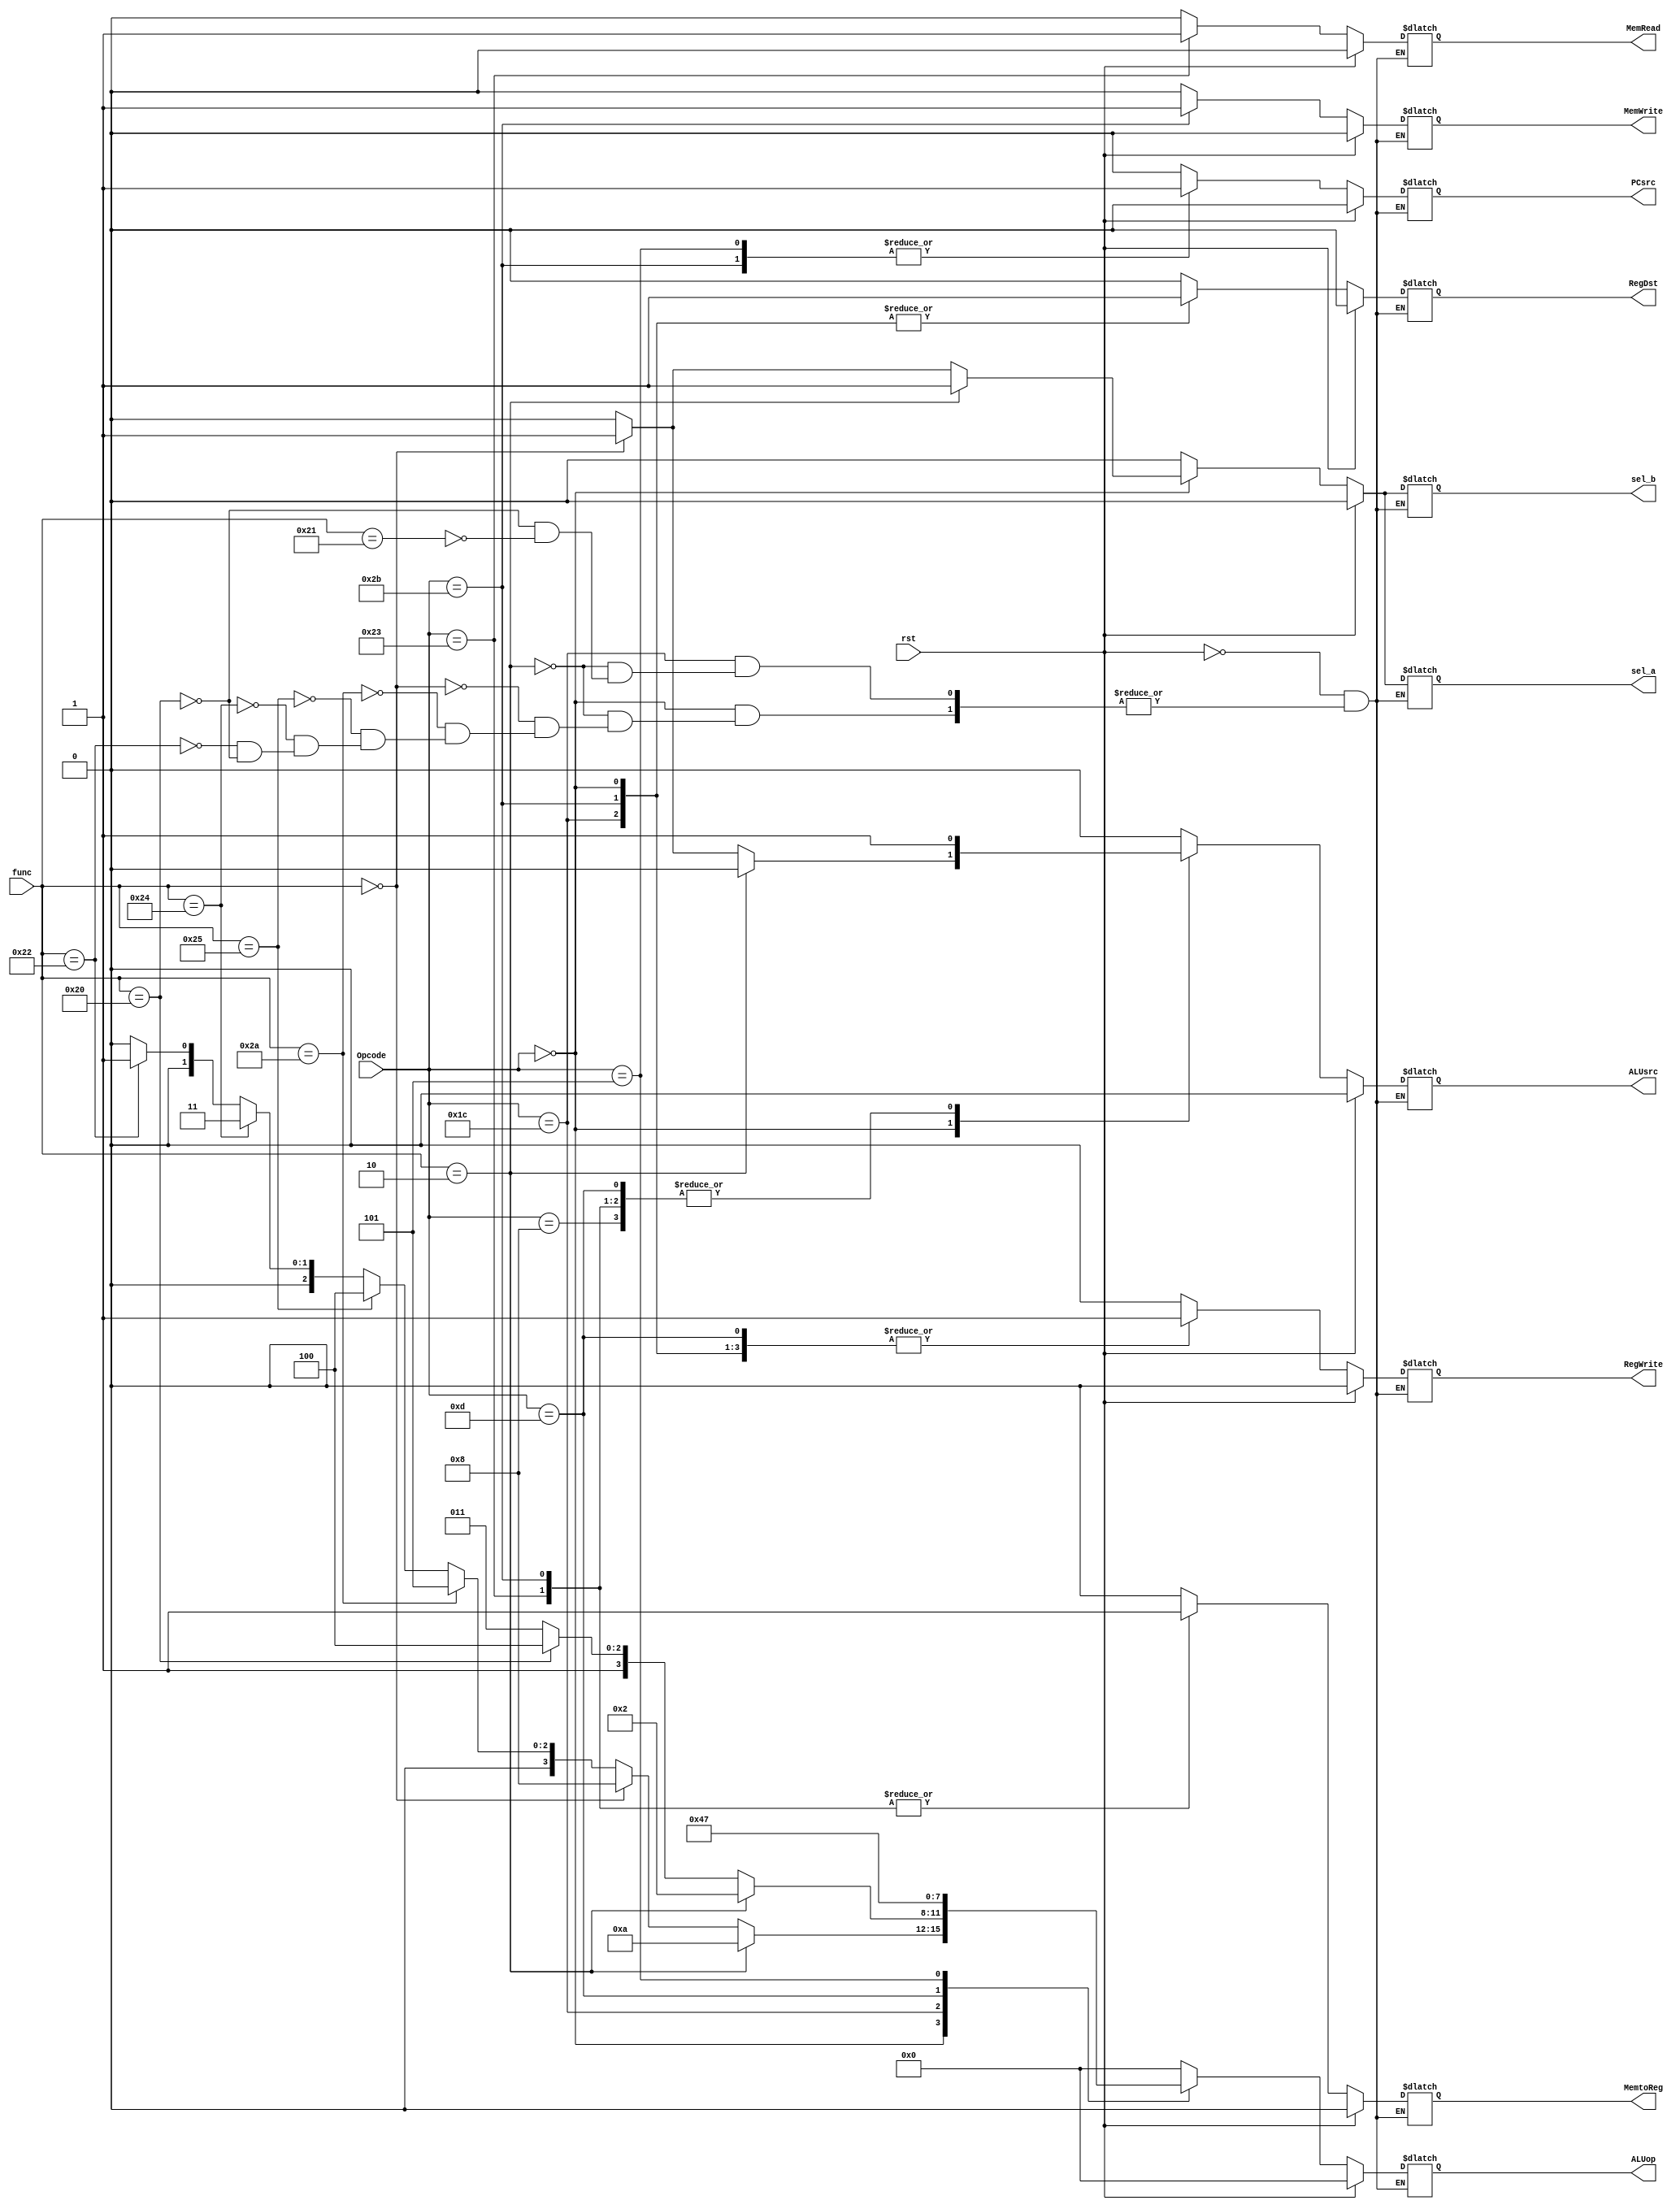
`timescale 1ns / 1ps
//////////////////////////////////////////////////////////////////////////////////
// Company: 
// Engineer: 
// 
// Design Name: 
// Module Name: controller_final
// Project Name: 
// Target Devices: 
// Tool Versions: 
// Description: 
// 
// Dependencies: 
// 
// Revision:
// Revision 0.01 - File Created
// Additional Comments:
// 
//////////////////////////////////////////////////////////////////////////////////


module controller_finalr(Opcode,func,ALUsrc,RegDst,rst,RegWrite,ALUop,MemRead,MemWrite,MemtoReg,PCsrc,sel_a,sel_b);
input [5:0] Opcode;
input [5:0] func;
input rst;
output reg ALUsrc,RegDst,RegWrite,MemRead,MemWrite,MemtoReg,PCsrc,sel_a,sel_b;
output reg [3:0] ALUop;

always @(*)
if ( rst == 1'b1)
begin
ALUsrc <= 1'b0;
RegDst <= 1'b0;
RegWrite <= 1'b0;
ALUop <= 4'b0000;
MemRead <= 1'b0;
MemWrite <= 1'b0;
MemtoReg <= 1'b0;
PCsrc <= 1'b0;
sel_a<=1'b0;
sel_b<=1'b0;

end
else begin
 
case(Opcode)
6'b000000: begin 
if (func == 6'b100000 )//add 
begin
ALUsrc <= 1'b0;
RegDst <= 1'b1;
RegWrite <= 1'b1;
ALUop <= 4'b0000;
MemRead <= 1'b0;
MemWrite <= 1'b0;
MemtoReg <= 1'b0;
PCsrc <= 1'b0;
sel_a<=1'b0;
sel_b<=1'b0;
end
if (func == 6'b100010 ) //sub
begin
ALUsrc <= 1'b0;
RegDst <= 1'b1;
RegWrite <= 1'b1;
ALUop <= 4'b0001;
MemRead <= 1'b0;
MemWrite <= 1'b0;
MemtoReg <= 1'b0;
PCsrc <= 1'b0;
sel_a<=1'b0;
sel_b<=1'b0;
end
if (func == 6'b100100 ) //and
begin
ALUsrc <= 1'b0;
RegDst <= 1'b1;
RegWrite <= 1'b1;
ALUop <= 4'b0011;
MemRead <= 1'b0;
MemWrite <= 1'b0;
MemtoReg <= 1'b0;
PCsrc <= 1'b0;
sel_a<=1'b0;
sel_b<=1'b0;
end
if (func == 6'b100101 ) //or
begin
ALUsrc <= 1'b0;
RegDst <= 1'b1;
RegWrite <= 1'b1;
ALUop <= 4'b0100;
MemRead <= 1'b0;
MemWrite <= 1'b0;
MemtoReg <= 1'b0;
PCsrc <= 1'b0;
sel_a<=1'b0;
sel_b<=1'b0;
end
if (func == 6'b101010 ) //slt
begin
ALUsrc <= 1'b0;
RegDst <= 1'b1;
RegWrite <= 1'b1;
ALUop <= 4'b0101;
MemRead <= 1'b0;
MemWrite <= 1'b0;
MemtoReg <= 1'b0;
PCsrc <= 1'b0;
sel_a<=1'b0;
sel_b<=1'b0;
end
if (func == 6'b000000 ) //sll
begin
ALUsrc <= 1'b1;
RegDst <= 1'b1;
RegWrite <= 1'b1;
ALUop <= 4'b1000;
MemRead <= 1'b0;
MemWrite <= 1'b0;
MemtoReg <= 1'b0;
PCsrc <= 1'b0;
sel_a<=1'b1;
sel_b<=1'b1;
end
if (func == 6'b000010 ) //srl
begin
ALUsrc <= 1'b0;
RegDst <= 1'b1;
RegWrite <= 1'b1;
ALUop <= 4'b1010;
MemRead <= 1'b0;
MemWrite <= 1'b0;
MemtoReg <= 1'b0;
PCsrc <= 1'b0;
sel_a<=1'b1;
sel_b<=1'b1;
end
end
6'b011100: begin 
if (func == 6'b100001 ) //clo
begin
ALUsrc <= 1'b0;
RegDst <= 1'b1;
RegWrite <= 1'b1;
ALUop <= 4'b1011;
MemRead <= 1'b0;
MemWrite <= 1'b0;
MemtoReg <= 1'b0;
PCsrc <= 1'b0;
sel_a<=1'b0;
sel_b<=1'b0;
end
if (func == 6'b100000 ) //clz
begin
ALUsrc <= 1'b0;
RegDst <= 1'b1;
RegWrite <= 1'b1;
ALUop <= 4'b1100;
MemRead <= 1'b0;
MemWrite <= 1'b0;
MemtoReg <= 1'b0;
PCsrc <= 1'b0;
sel_a<=1'b0;
sel_b<=1'b0;
end

if (func == 6'b000010 ) //mul
begin
ALUsrc <= 1'b0;
RegDst <= 1'b1;
RegWrite <= 1'b1;
ALUop <= 4'b0010;
MemRead <= 1'b0;
MemWrite <= 1'b0;
MemtoReg <= 1'b0;
PCsrc <= 1'b0;
sel_a<=1'b0;
sel_b<=1'b0;
end
end
6'b001000: begin//adi
ALUsrc <= 1'b1;
RegDst <= 1'b0;
RegWrite <= 1'b1;
ALUop <= 4'b0000;
MemRead <= 1'b0;
MemWrite <= 1'b0;
MemtoReg <= 1'b0;
PCsrc <= 1'b0;
sel_a<=1'b0; 
sel_b<=1'b0;
end
6'b001101: begin//ori
ALUsrc <= 1'b1;
RegDst <= 1'b0;
RegWrite <= 1'b1;
ALUop <= 4'b0100;
MemRead <= 1'b0;
MemWrite <= 1'b0;
MemtoReg <= 1'b0;
PCsrc <= 1'b0; 
sel_a<=1'b0;
sel_b<=1'b0;
end
6'b100011: begin//lW
ALUsrc <= 1'b1;
RegDst <= 1'b0;
RegWrite <= 1'b1;
ALUop <= 4'b0000;
MemRead <= 1'b1;
MemWrite <= 1'b0;
MemtoReg <= 1'b1;
PCsrc <= 1'b0; 
sel_a<=1'b0;
sel_b<=1'b0;
end
6'b101011: begin//SW
ALUsrc <= 1'b1;
RegDst <= 1'b1;
RegWrite <= 1'b1;
ALUop <= 4'b0000;
MemRead <= 1'b0;
MemWrite <= 1'b1;
MemtoReg <= 1'b1;
PCsrc <= 1'b1; 
sel_a<=1'b0;
sel_b<=1'b0;
end
6'b000101: begin//bne
ALUsrc <= 1'b0;
RegDst <= 1'b0;
RegWrite <= 1'b0;
ALUop <= 4'b0111;
MemRead <= 1'b0;
MemWrite <= 1'b0;
MemtoReg <= 1'b0;
PCsrc <= 1'b1; 
sel_a<=1'b0;
sel_b<=1'b0;
end
default: begin
ALUsrc <= 1'b0;
RegDst <= 1'b0;
RegWrite <= 1'b0;
ALUop <= 4'b0000;
MemRead <= 1'b0;
MemWrite <= 1'b0;
MemtoReg <= 1'b0;
PCsrc <= 1'b0;
sel_a<=1'b0;
sel_b<=1'b0;
end
 endcase
 end

endmodule